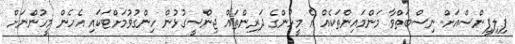
ފިލިޕީންސްއަށް ނިސްބަތްވާ މަންމައިންތަކެއް އެ މީހުންގެ ދަރިންތައް ޖިންސީގުޅުން ހިންގުވުމަށްޓަކައި އެހެން މީހުންނަށް